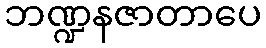
ဘဏ္ဍနဇာတာပေ